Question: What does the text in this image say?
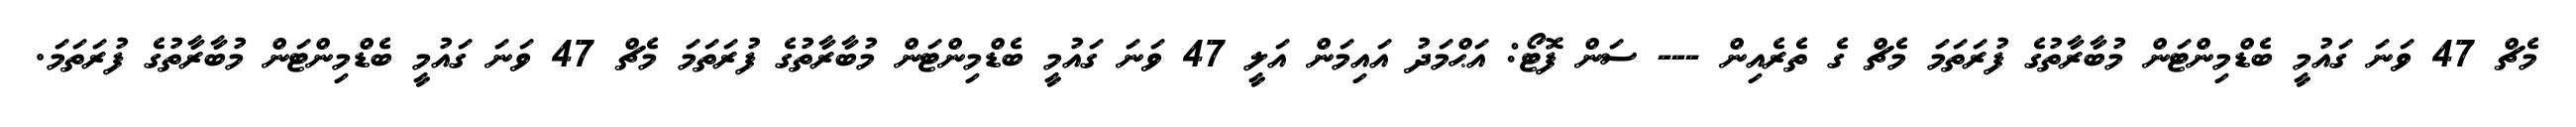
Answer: މެޗް 47 ވަނަ ގައުމީ ބެޑްމިންޓަން މުބާރާތުގެ ފުރަތަމަ މެޗް ގެ ތެރެއިން --- ސަން ފޮޓޯ: އަޙްމަދު އައިމަން އަލީ 47 ވަނަ ގައުމީ ބެޑްމިންޓަން މުބާރާތުގެ ފުރަތަމަ މެޗް 47 ވަނަ ގައުމީ ބެޑްމިންޓަން މުބާރާތުގެ ފުރަތަމަ.